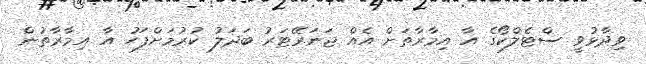
ވިދާޅުވީ ސްޓެލްކޯގެ އާ އިމާރާތަށް އެއް ޖަނަރޭޓަރު ބަދަލު ކުރުމަށްފަހު އާ އިމާރާތުން